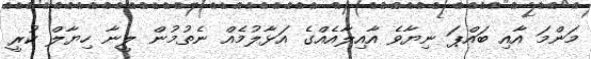
މަންމަ އާއި ބައްޕަ ނިޔާވެ އާއިލާއެއްގެ އަޅާލުމެއް ނެތުމުން ލީނާ ހިޔާލް ކުރީ